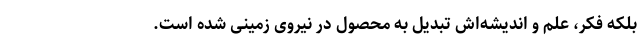
بلکه فکر، علم و اندیشه‌اش تبدیل به محصول در نیروی زمینی شده است.